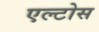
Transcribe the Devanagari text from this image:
एल्टोस